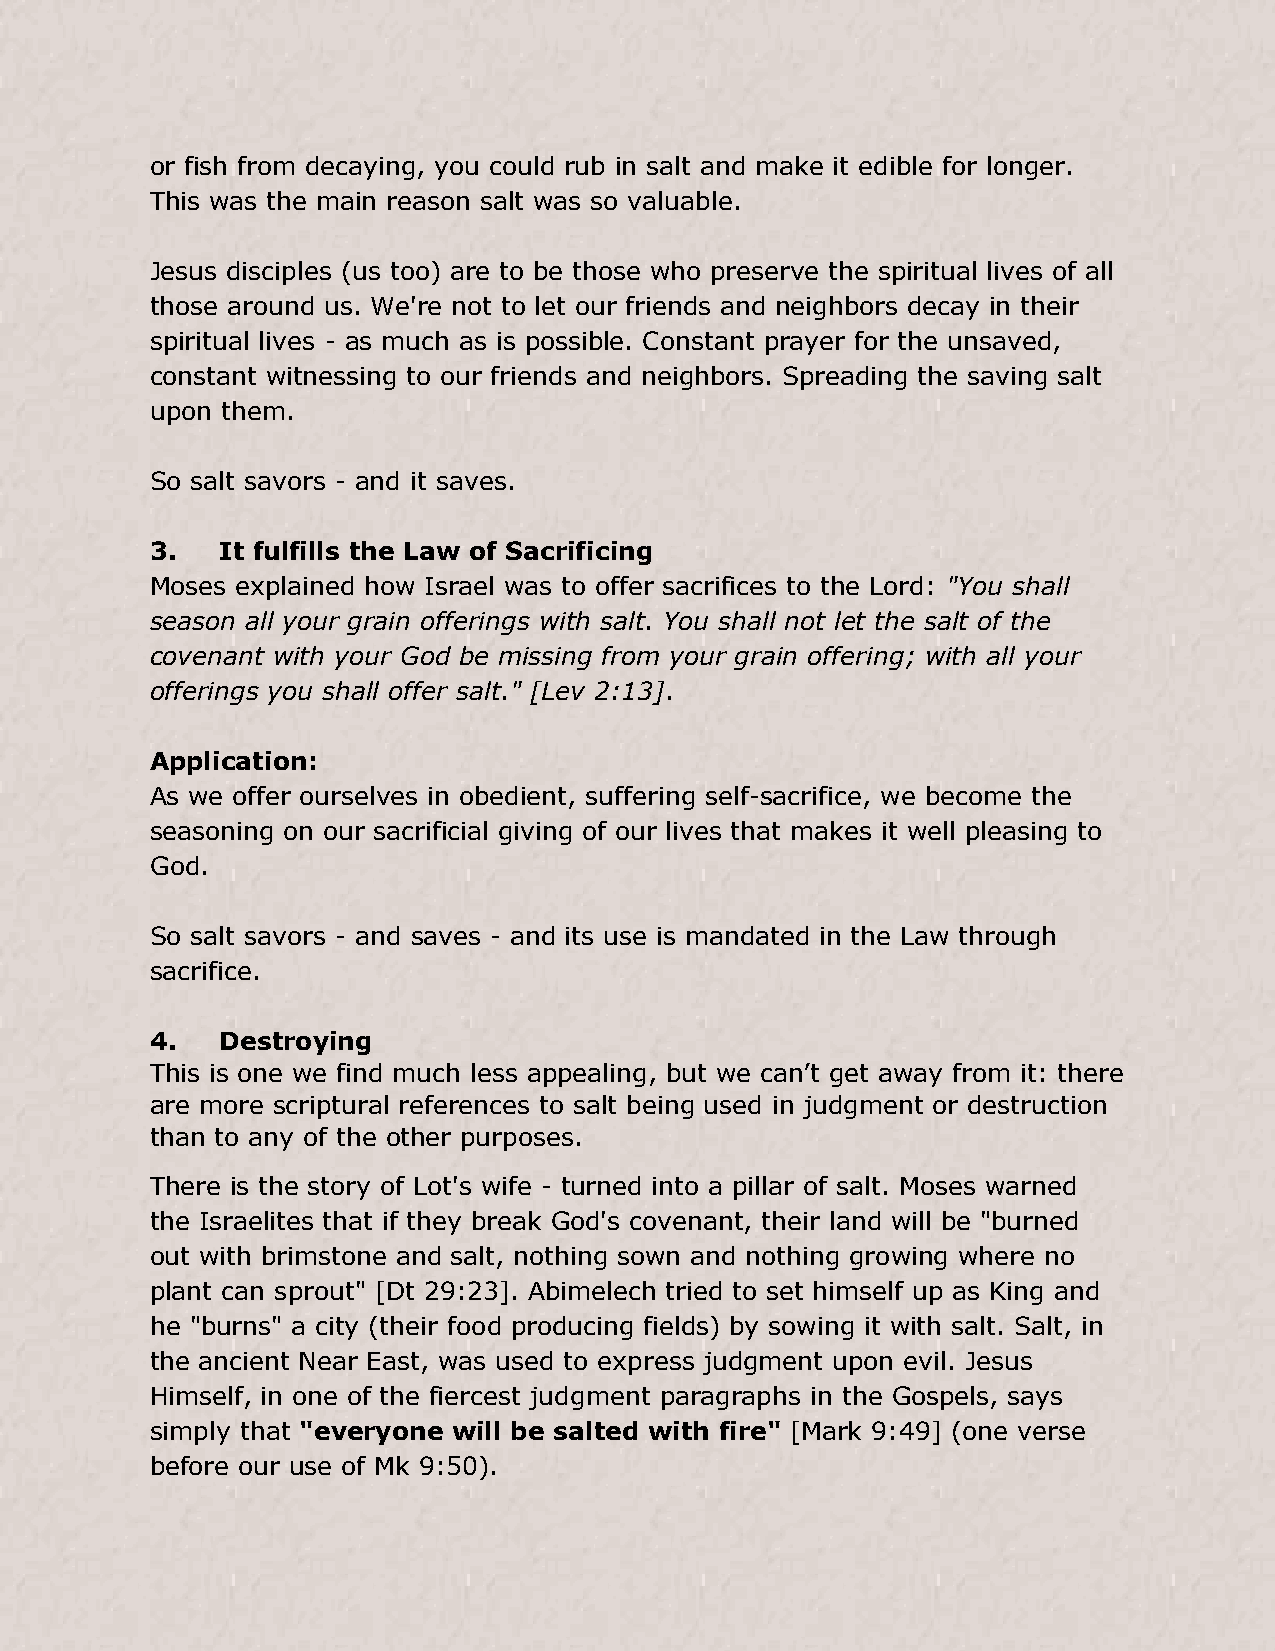
or fish from decaying, you could rub in salt and make it edible for longer.
 This was the main reason salt was so valuable.
 Jesus disciples (us too) are to be those who preserve the spiritual lives of all
 those around us. We're not to let our friends and neighbors decay in their
 spiritual lives - as much as is possible. Constant prayer for the unsaved,
 constant witnessing to our friends and neighbors. Spreading the saving salt
 upon them.
 So salt savors - and it saves.
 3.   It fulfills the Law of Sacrificing
 Moses explained how Israel was to offer sacrifices to the Lord: "You shall
 season all your grain offerings with salt. You shall not let the salt of the
 covenant with your God be missing from your grain offering; with all your
 offerings you shall offer salt." [Lev 2:13].
 Application:
 As we offer ourselves in obedient, suffering self-sacrifice, we become the
 seasoning on our sacrificial giving of our lives that makes it well pleasing to
 God.
 So salt savors - and saves - and its use is mandated in the Law through
 sacrifice.
 4.   Destroying
 This is one we find much less appealing, but we can’t get away from it: there
 are more scriptural references to salt being used in judgment or destruction
 than to any of the other purposes.
 There is the story of Lot's wife - turned into a pillar of salt. Moses warned
 the Israelites that if they break God's covenant, their land will be "burned
 out with brimstone and salt, nothing sown and nothing growing where no
 plant can sprout" [Dt 29:23]. Abimelech tried to set himself up as King and
 he "burns" a city (their food producing fields) by sowing it with salt. Salt, in
 the ancient Near East, was used to express judgment upon evil. Jesus
 Himself, in one of the fiercest judgment paragraphs in the Gospels, says
 simply that "everyone will be salted with fire" [Mark 9:49] (one verse
 before our use of Mk 9:50).